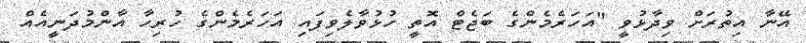
އޭނާ އިތުރަށް ވިދާޅުވީ "އަހަރެމެންގެ ބަޖެޓް އޮތީ ހުޅުވާލެވިފައި އަހަރެމެންގެ ހުރިހާ އާންމުދަނީއެއް